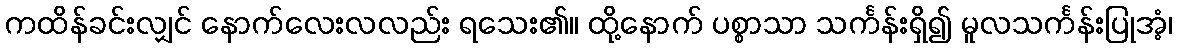
ကထိန်ခင်းလျှင် နောက်လေးလလည်း ရသေး၏။ ထို့နောက် ပစ္စာသာ သင်္ကန်းရှိ၍ မူလသင်္ကန်းပြုအံ့၊